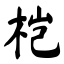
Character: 桤